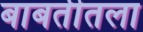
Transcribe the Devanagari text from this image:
बाबतीतला